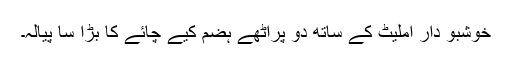
خوشبو دار آملیٹ کے ساتھ دو پراٹھے ہضم کیے چائے کا بڑا سا پیالہ۔